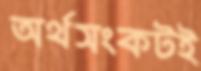
অর্থসংকটই